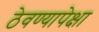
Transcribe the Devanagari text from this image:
ठेवण्यापेक्षा